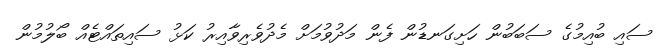
ސައި ބުއިމުގެ ސަބަބުން ހަށިގަނޑުން ފެން މަދުވުމަށް މެދުވެރިވާއިރު ކަޅު ސައިތައްޓެއް ބޯލުމުން